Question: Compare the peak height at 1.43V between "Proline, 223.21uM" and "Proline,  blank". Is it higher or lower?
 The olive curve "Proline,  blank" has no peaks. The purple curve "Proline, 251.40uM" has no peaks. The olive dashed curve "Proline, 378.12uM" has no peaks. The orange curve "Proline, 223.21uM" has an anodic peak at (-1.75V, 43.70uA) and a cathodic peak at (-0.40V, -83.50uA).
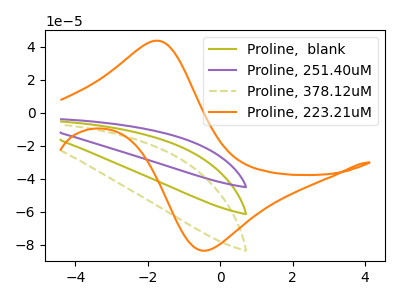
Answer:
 <answer>"Proline, 223.21uM" and "Proline,  blank" dont share a peak at 1.43V.</answer>
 <eval>mismatch</eval>